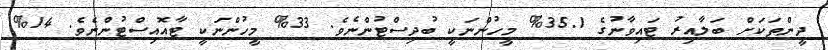
ދީންތަކަށް ބަލާއިރު ޓައިވާނުގެ 35.1% މީހުންނަކީ ބުދިސްޓުންނެވެ. 33% މީހުންނަކީ ޓާއޮއިސްޓުންނެވެ. 14%